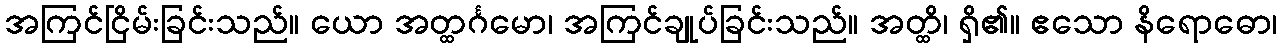
အကြင်ငြိမ်းခြင်းသည်။ ယော အတ္ထင်္ဂမော၊ အကြင်ချုပ်ခြင်းသည်။ အတ္ထိ၊ ရှိ၏။ ဧသော နိရောဓော၊